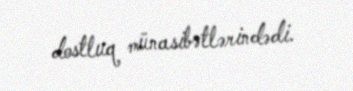
dostluq münasibətlərindədi.